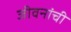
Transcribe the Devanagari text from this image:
जीवनांची